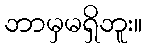
ဘာမှမရှိဘူး။